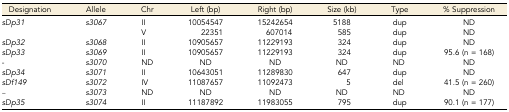
<table><thead><tr><td><b>Designation</b></td><td><b>Allele</b></td><td><b>Chr</b></td><td><b>Left (bp)</b></td><td><b>Right (bp)</b></td><td><b>Size (kb)</b></td><td><b>Type</b></td><td><b>% Suppression</b></td></tr></thead><tbody><tr><td><i>sDp31</i></td><td><i>s3067</i></td><td>II</td><td>10054547</td><td>15242654</td><td>5188</td><td>dup</td><td>ND</td></tr><tr><td></td><td></td><td>V</td><td>22351</td><td>607014</td><td>585</td><td>dup</td><td>ND</td></tr><tr><td><i>sDp32</i></td><td><i>s3068</i></td><td>II</td><td>10905657</td><td>11229193</td><td>324</td><td>dup</td><td>ND</td></tr><tr><td><i>sDp33</i></td><td><i>s3069</i></td><td>II</td><td>10905657</td><td>11229193</td><td>324</td><td>dup</td><td>95.6 (n = 168)</td></tr><tr><td>-</td><td><i>s3070</i></td><td>ND</td><td>ND</td><td>ND</td><td>ND</td><td>ND</td><td>ND</td></tr><tr><td><i>sDp34</i></td><td><i>s3071</i></td><td>II</td><td>10643051</td><td>11289830</td><td>647</td><td>dup</td><td>ND</td></tr><tr><td><i>sDf149</i></td><td><i>s3072</i></td><td>IV</td><td>11087657</td><td>11092473</td><td>5</td><td>del</td><td>41.5 (n = 260)</td></tr><tr><td>–</td><td><i>s3073</i></td><td>ND</td><td>ND</td><td>ND</td><td>ND</td><td>ND</td><td>ND</td></tr><tr><td><i>sDp35</i></td><td><i>s3074</i></td><td>II</td><td>11187892</td><td>11983055</td><td>795</td><td>dup</td><td>90.1 (n = 177)</td></tr></tbody></table>